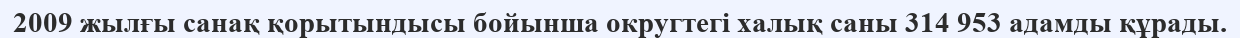
2009 жылғы санақ қорытындысы бойынша округтегі халық саны 314 953 адамды құрады.